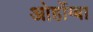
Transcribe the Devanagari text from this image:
ओर्होग्बा